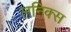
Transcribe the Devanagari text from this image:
लनिक्स